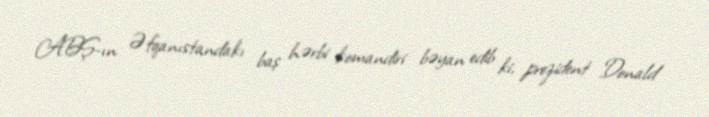
ABŞ-ın Əfqanıstandakı baş hərbi komandiri bəyan edib ki, prezident Donald